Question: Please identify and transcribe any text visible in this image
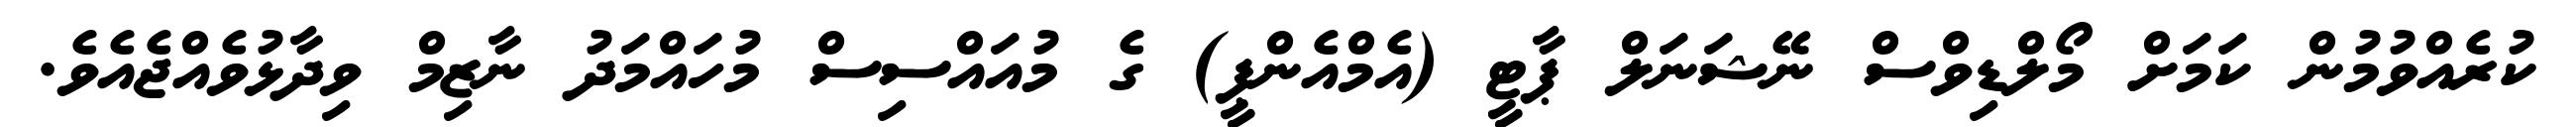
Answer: ކުރެއްވުމުން ކަމަށް މޯލްޑިވްސް ނޭޝަނަލް ޕާޓީ (އެމްއެންޕީ) ގެ މުއައްސިސް މުހައްމަދު ނާޒިމް ވިދާޅުވެއްޖެއެވެ.